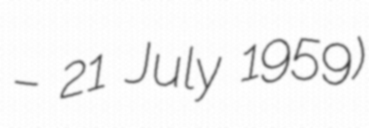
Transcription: – 21 July 1959)